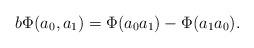
LaTeX: \begin{align*}b\Phi(a_0, a_1)=\Phi(a_0a_1)-\Phi(a_1a_0).\end{align*}